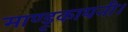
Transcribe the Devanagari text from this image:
माण्डूकायनी।